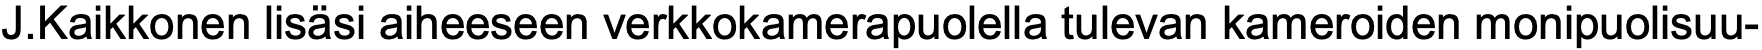
J.Kaikkonen lisäsi aiheeseen verkkokamerapuolella tulevan kameroiden monipuolisuu-